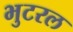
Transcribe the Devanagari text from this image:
भुटरल